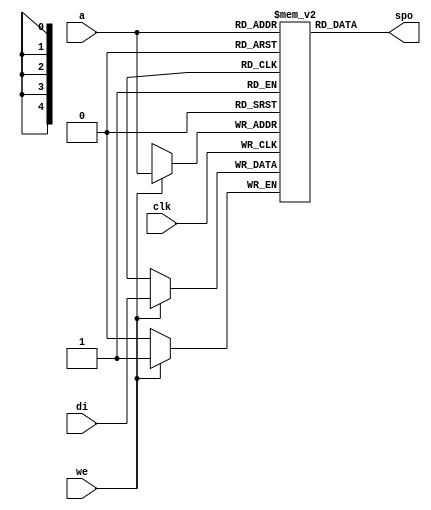
// RAM with Asynchronous Read (Distributed RAM) 32 deep

module ramsp (clk, we, a, di, spo);
parameter WIDTH=1;
input clk;
input we;
input [4:0] a;
input [WIDTH-1:0] di;
output [WIDTH-1:0] spo;

reg [WIDTH-1:0] ram [31:0];
always @(posedge clk) 
begin 
 if (we)
    ram[a] <= di;
end
assign spo = ram[a];

endmodule